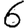
Digit: 6